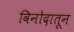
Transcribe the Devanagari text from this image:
विनोदातून